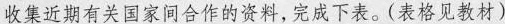
收集近期有关国家间合作的资料，完成下表。(表格见教材)